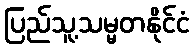
ပြည်သူ့သမ္မတနိုင်ငံ